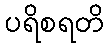
ပရိစရတိ